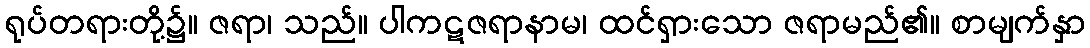
ရုပ်တရားတို့၌။ ဇရာ၊ သည်။ ပါကဋဇရာနာမ၊ ထင်ရှားသော ဇရာမည်၏။ စာမျက်နှာ